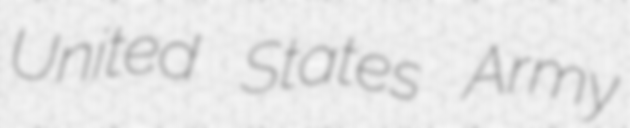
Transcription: United States Army